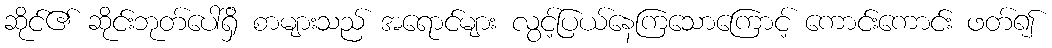
ဆိုင်၏ ဆိုင်းဘုတ်ပေါ်ရှိ စာများသည် အရောင်များ လွင့်ပြယ်နေကြသောကြောင့် ကောင်းကောင်း ဖတ်၍